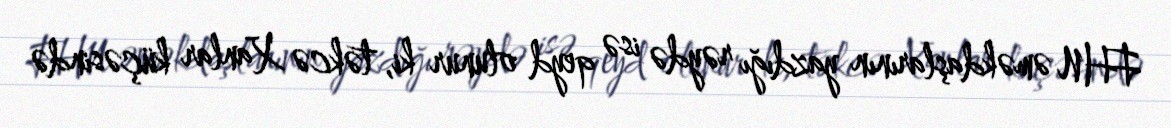
FHN əməkdaşlarının yazdığı rəydə isə qeyd olunur ki, təkcə Xanlar küçəsində